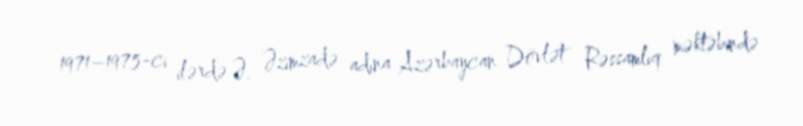
1971–1975-ci ilərdə Ə. Əzimzadə adına Azərbaycan Dövlət Rəssamlıq məktəbində